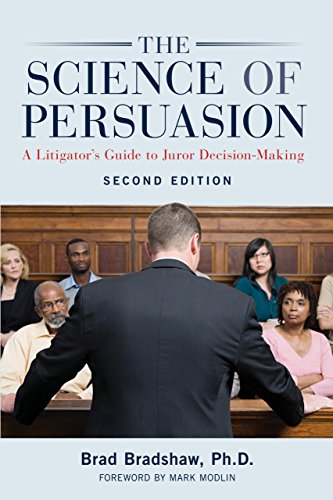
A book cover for The Science of Persuasion: A Litigator's Guide to Juror Decision-Making; Brad, Ph.D Bradshaw; Law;